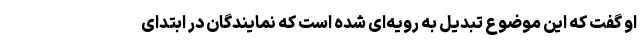
او گفت که این موضوع تبدیل به رویه‌ای شده است که نمایندگان در ابتدای